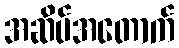
အဆိပ်အတောက်